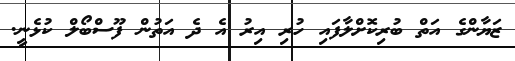
ޒަޔާންގެ އަތް ބުރިކޮށްލާފައި ހުރި އިރު އެ ދެ އަތުން ފޫސްބޯލް ކުޅެނީ.